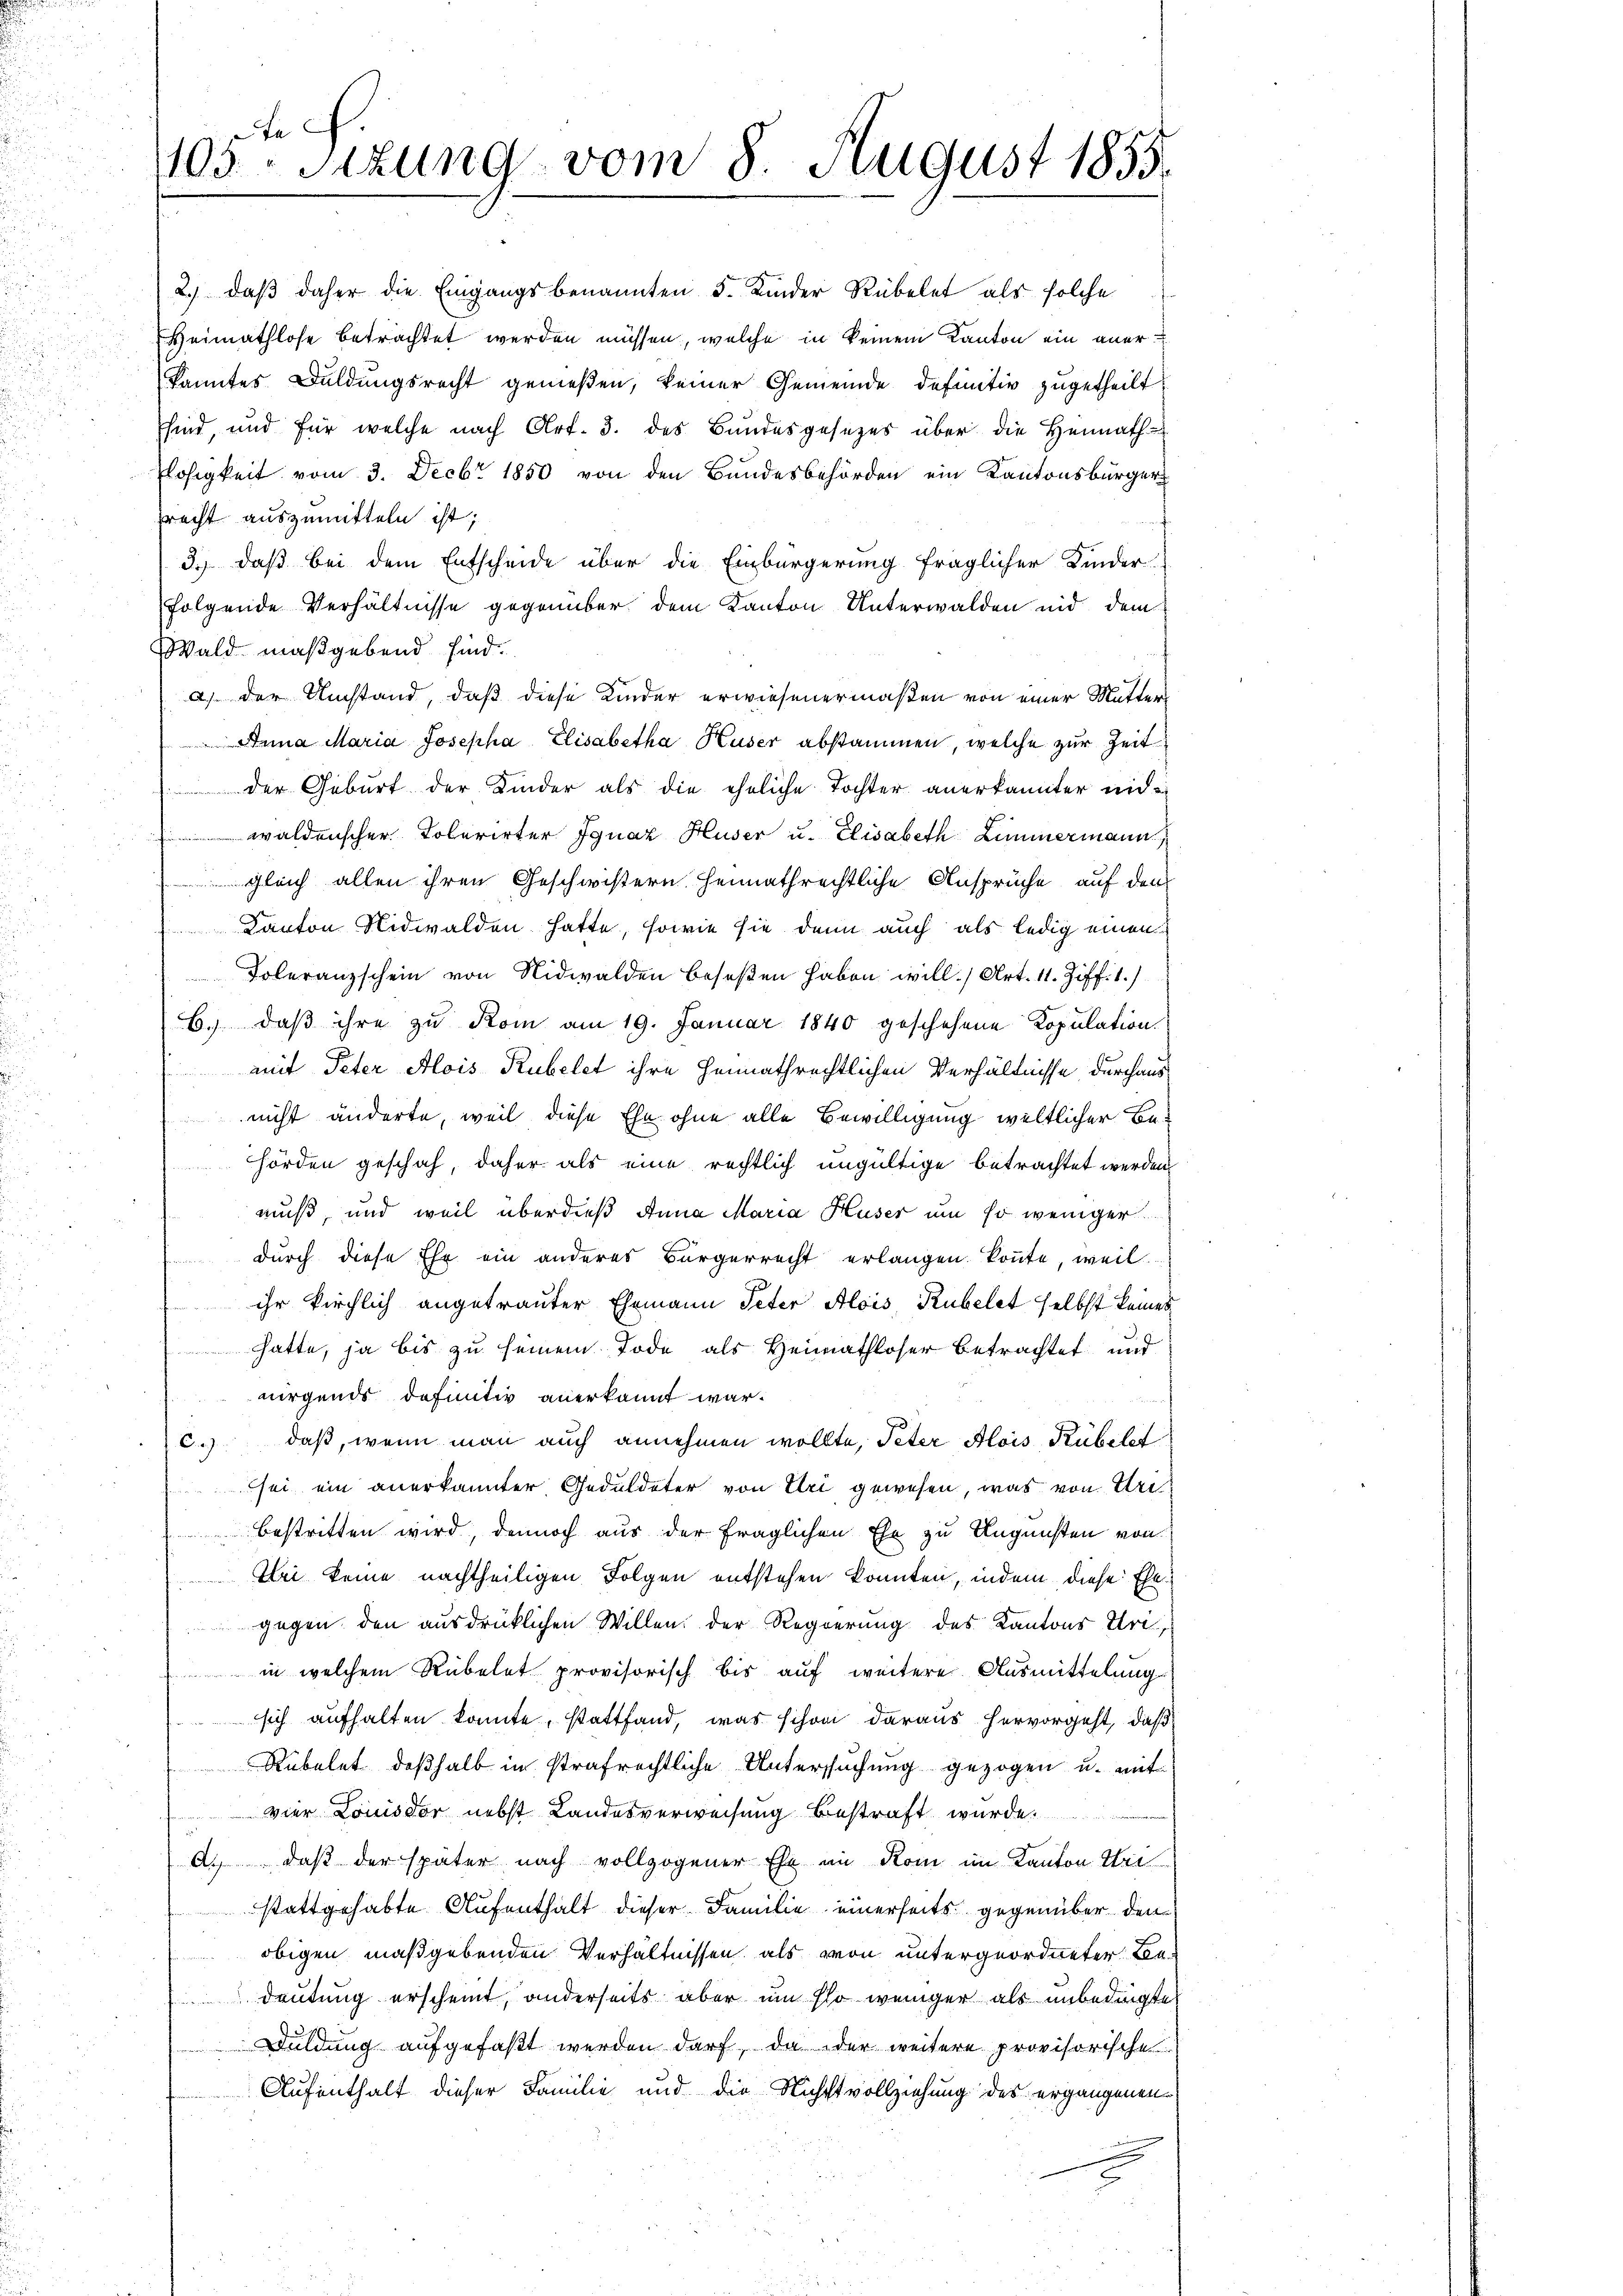
105. Sizung vom 8. August 1855.

2.) daß daher die Eingangsbenannten 5 Kinder Rübelet als solche
Heimathlose betrachtet werden müssen, welche in keinem Kanton ein aner
kanntes Duldungsrecht genießen, keiner Gemeinde definitiv zugetheilt
sind, und für welche nach Art. 3. des Bundesgesezes über die Heimath
Losigkeit vom 3. Decbr 1850 von den Bundesbehörden ein Kantonsbürger
recht auszumitteln ist,
3.) daß bei dem Entscheide über die Einbürgerung fraglicher Kinder
folgende Verhältnisse gegenüber dem Kanton Unterwalden nid dem
Wald maßgebend sind.
a) der Umstand, daß diese Kinder erwiesenermaßen von einer Mutter
Arina Maria Josepha Elisabetha Huser abstammen, welche zur Zeit
 der Geburt der Kinder als die ehrliche Tochter anerkannter unwaldenscher Tolerirter Ignaz Huser u. Elisabeth Zimmermann
gleich allen ihren Geschwistern heimathrechtliche Ansprüche auf den
Kanton Nidwalden hatte, sowie sie dann auch als ledig einen
Doleranzschein von Nidwalden beseßen haben will. Art. 11. Ziff. 1.)
6.) Daß ihre zu Rom am 19. Januar 1840 geschehene Kopulation
mit Peter Alois Rubelet ihre heimathrechtlichen Verhältnisse durchaus
nicht änderte, weil diese Ehe ohne alle Bewilligung weltlicher Behörden geschah, daher als eine rechtlich ungültige betrachtet werden.
muß, und weil überdieß Anna Maria Huser um so weniger
durch diese Ehe ein anderes Bürgerrecht erlangen konnte, weil
ihr kirchlich angetrauter Ehemann Peter Alois Rubelst selbst keines
hatte, ja bis zu seinem Tode als Heimathloser betrachtet und
mirgends definitiv anerkannt war.
c.) daß, wenn man auch annehmen wollte, Peter Alois Rübelet
sei ein anerkannter Geduldeter von Uri gewesen, was von Uri
 bestritten wird, dennoch aus der fraglichen Ehe zu Ungunsten von
Fei keine nachtheiligen Folgen entstehen konnten, indem diese Ehegegen den ausdrücklichen Willen der Regierung des Kantons Uri
 in welchem Rübelet provisorisch bis auf weitere Ausmittelung
sich aufhalten konnte, stattfand, was schon daraus hervorgeht, daß
Rübelet deßhalb in strafrechtliche Untersuchung gezogen u. mit
vier Louisdor nebst Landesverweisung bestraft wurde.
A. daß der später nach vollzogener Ehe im Rom im Kanton Wei
stattgehabte Aufenthalt dieser Familie einerseits gegenüber den
obigen maßgebenden Verhältnissen, als von untergeordneter Kon¬
Deutung erscheint, anderseits aber um so weniger als unbedingte
Wuldung aufgefaßt werden darf, da oder weitere provisorische
Aufenthalt dieser Familie und die Nichtsvollziehung des ergangenen